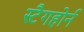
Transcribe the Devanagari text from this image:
स्टैगहोर्न